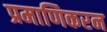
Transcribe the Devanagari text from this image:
प्रमाणिकरन